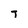
Character: T